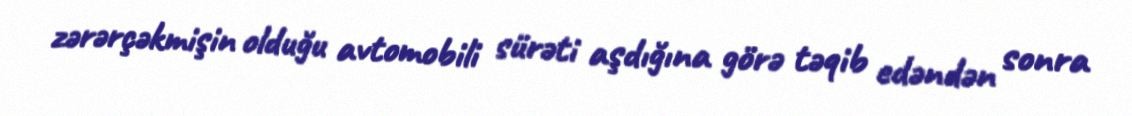
zərərçəkmişin olduğu avtomobili sürəti aşdığına görə təqib edəndən sonra